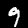
Digit: 9